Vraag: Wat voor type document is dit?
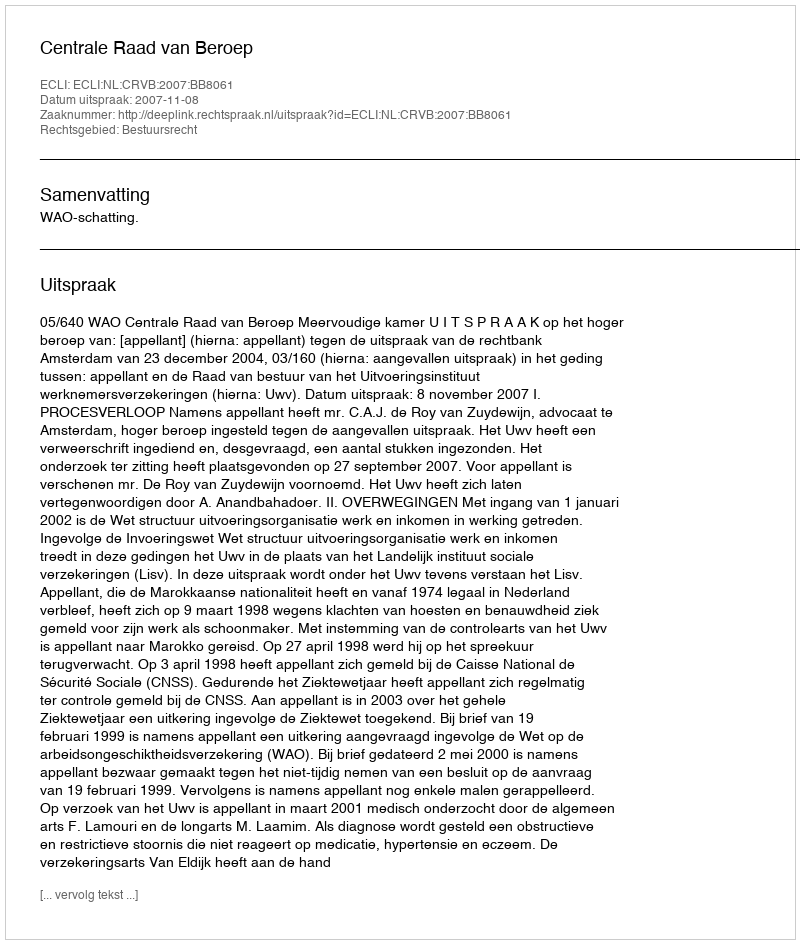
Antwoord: Uitspraak